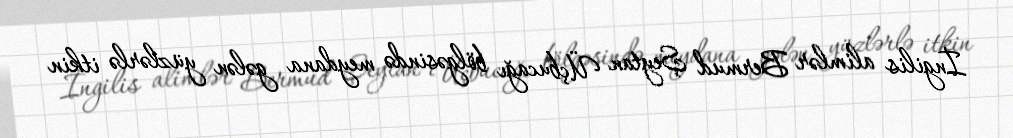
İngilis alimlər Bermud Şeytan Üçbucağı bölgəsində meydana gələn yüzlərlə itkin